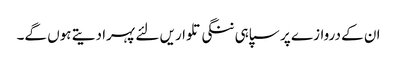
ان کے دروازے پر سپاہی ننگی تلواریں لئے پہرا دیتے ہوں گے۔